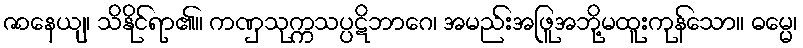
ဇာနေယျ၊ သိနိုင်ရာ၏။ ကဏှသုက္ကသပ္ပဋိဘာဂေ၊ အမည်းအဖြူအဘို့မထူးကုန်သော။ ဓမ္မေ၊